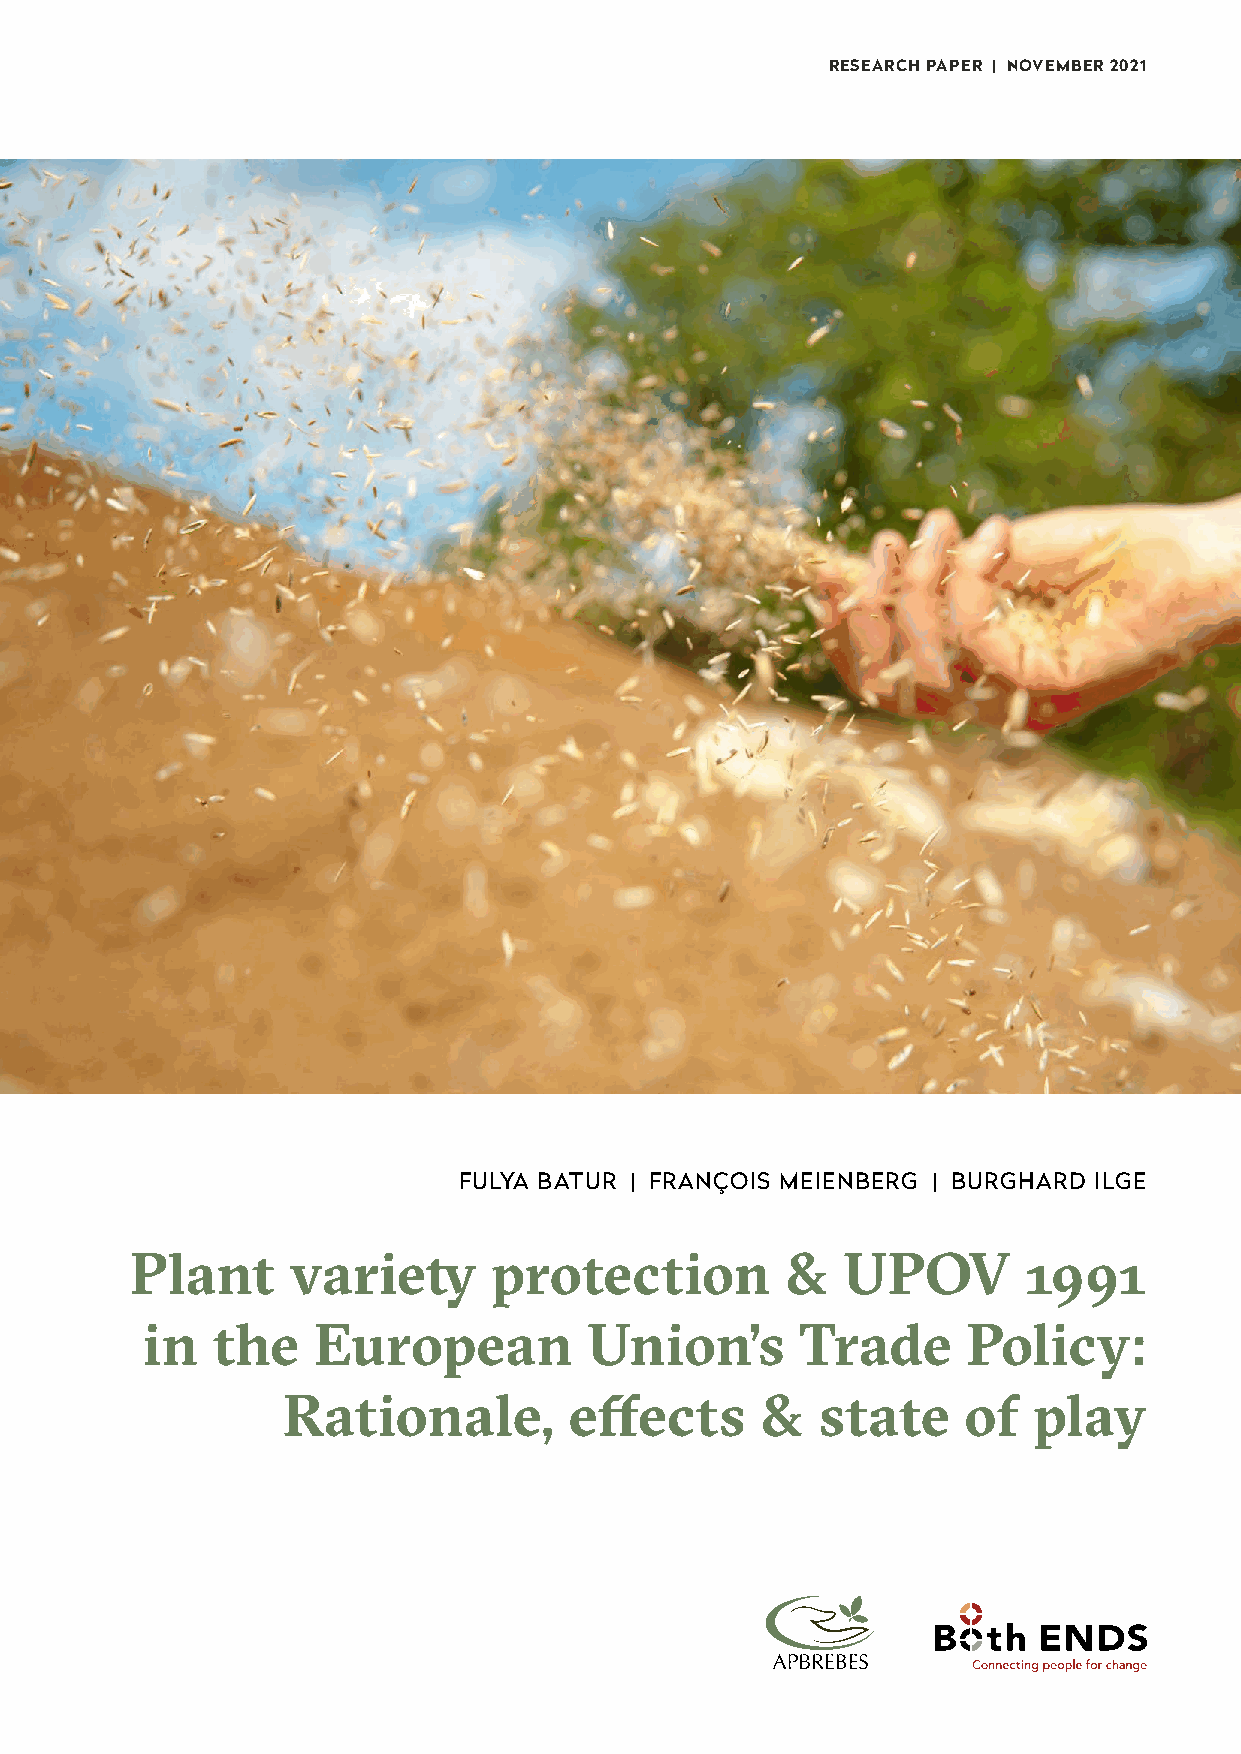
RESEARCH PAPER | NOVEMBER 2021
 FULYA BATUR | FRANÇOIS MEIENBERG | BURGHARD ILGE
 Plant     variety       protection         &   UPOV        1991
 in   the    European          Union’s       Trade      Policy:
 Rationale,         effects     &   state     of  play